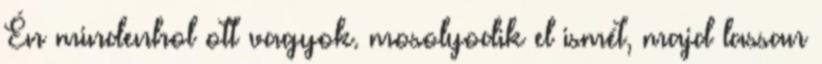
Én mindenhol ott vagyok. mosolyodik el ismét, majd lassan